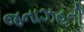
જનાઝહની